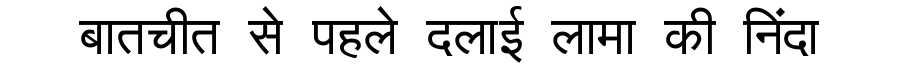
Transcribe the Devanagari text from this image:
बातचीत से पहले दलाई लामा की निंदा